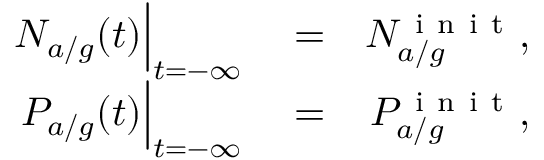
\begin{array} { r l r } { N _ { a / g } ( t ) \Big | _ { t = - \infty } } & { { } = } & { N _ { a / g } ^ { \mathrm { ~ i ~ n ~ i ~ t ~ } } , } \\ { P _ { a / g } ( t ) \Big | _ { t = - \infty } } & { { } = } & { P _ { a / g } ^ { \mathrm { ~ i ~ n ~ i ~ t ~ } } , } \end{array}